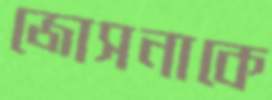
জোসনাকে